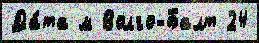
Да́та м Волго-Балт 24